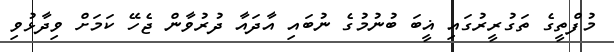
މުފްތީގެ ތަގުރީރުގައި ޣީބަ ބުނުމުގެ ނުބައި އާދައާ ދުރުވާން ޖެހޭ ކަމަށް ވިދާޅުވި